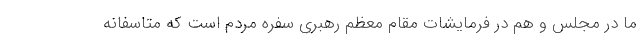
ما در مجلس و هم در فرمایشات مقام معظم رهبری سفره مردم است که متاسفانه